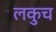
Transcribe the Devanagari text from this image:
लकुच